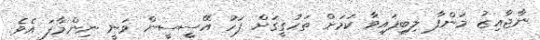
ނާޖާއިޒު މަންފާ ލިބިފައިވާ ކަމަށް ތަހުގީގަށް ފަހު އޭސީސީން ވަނީ ނިންމާފަ އެވެ.